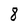
Character: 8